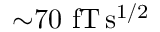
{ \sim } 7 0 ~ \mathrm { f T \, s ^ { 1 / 2 } }